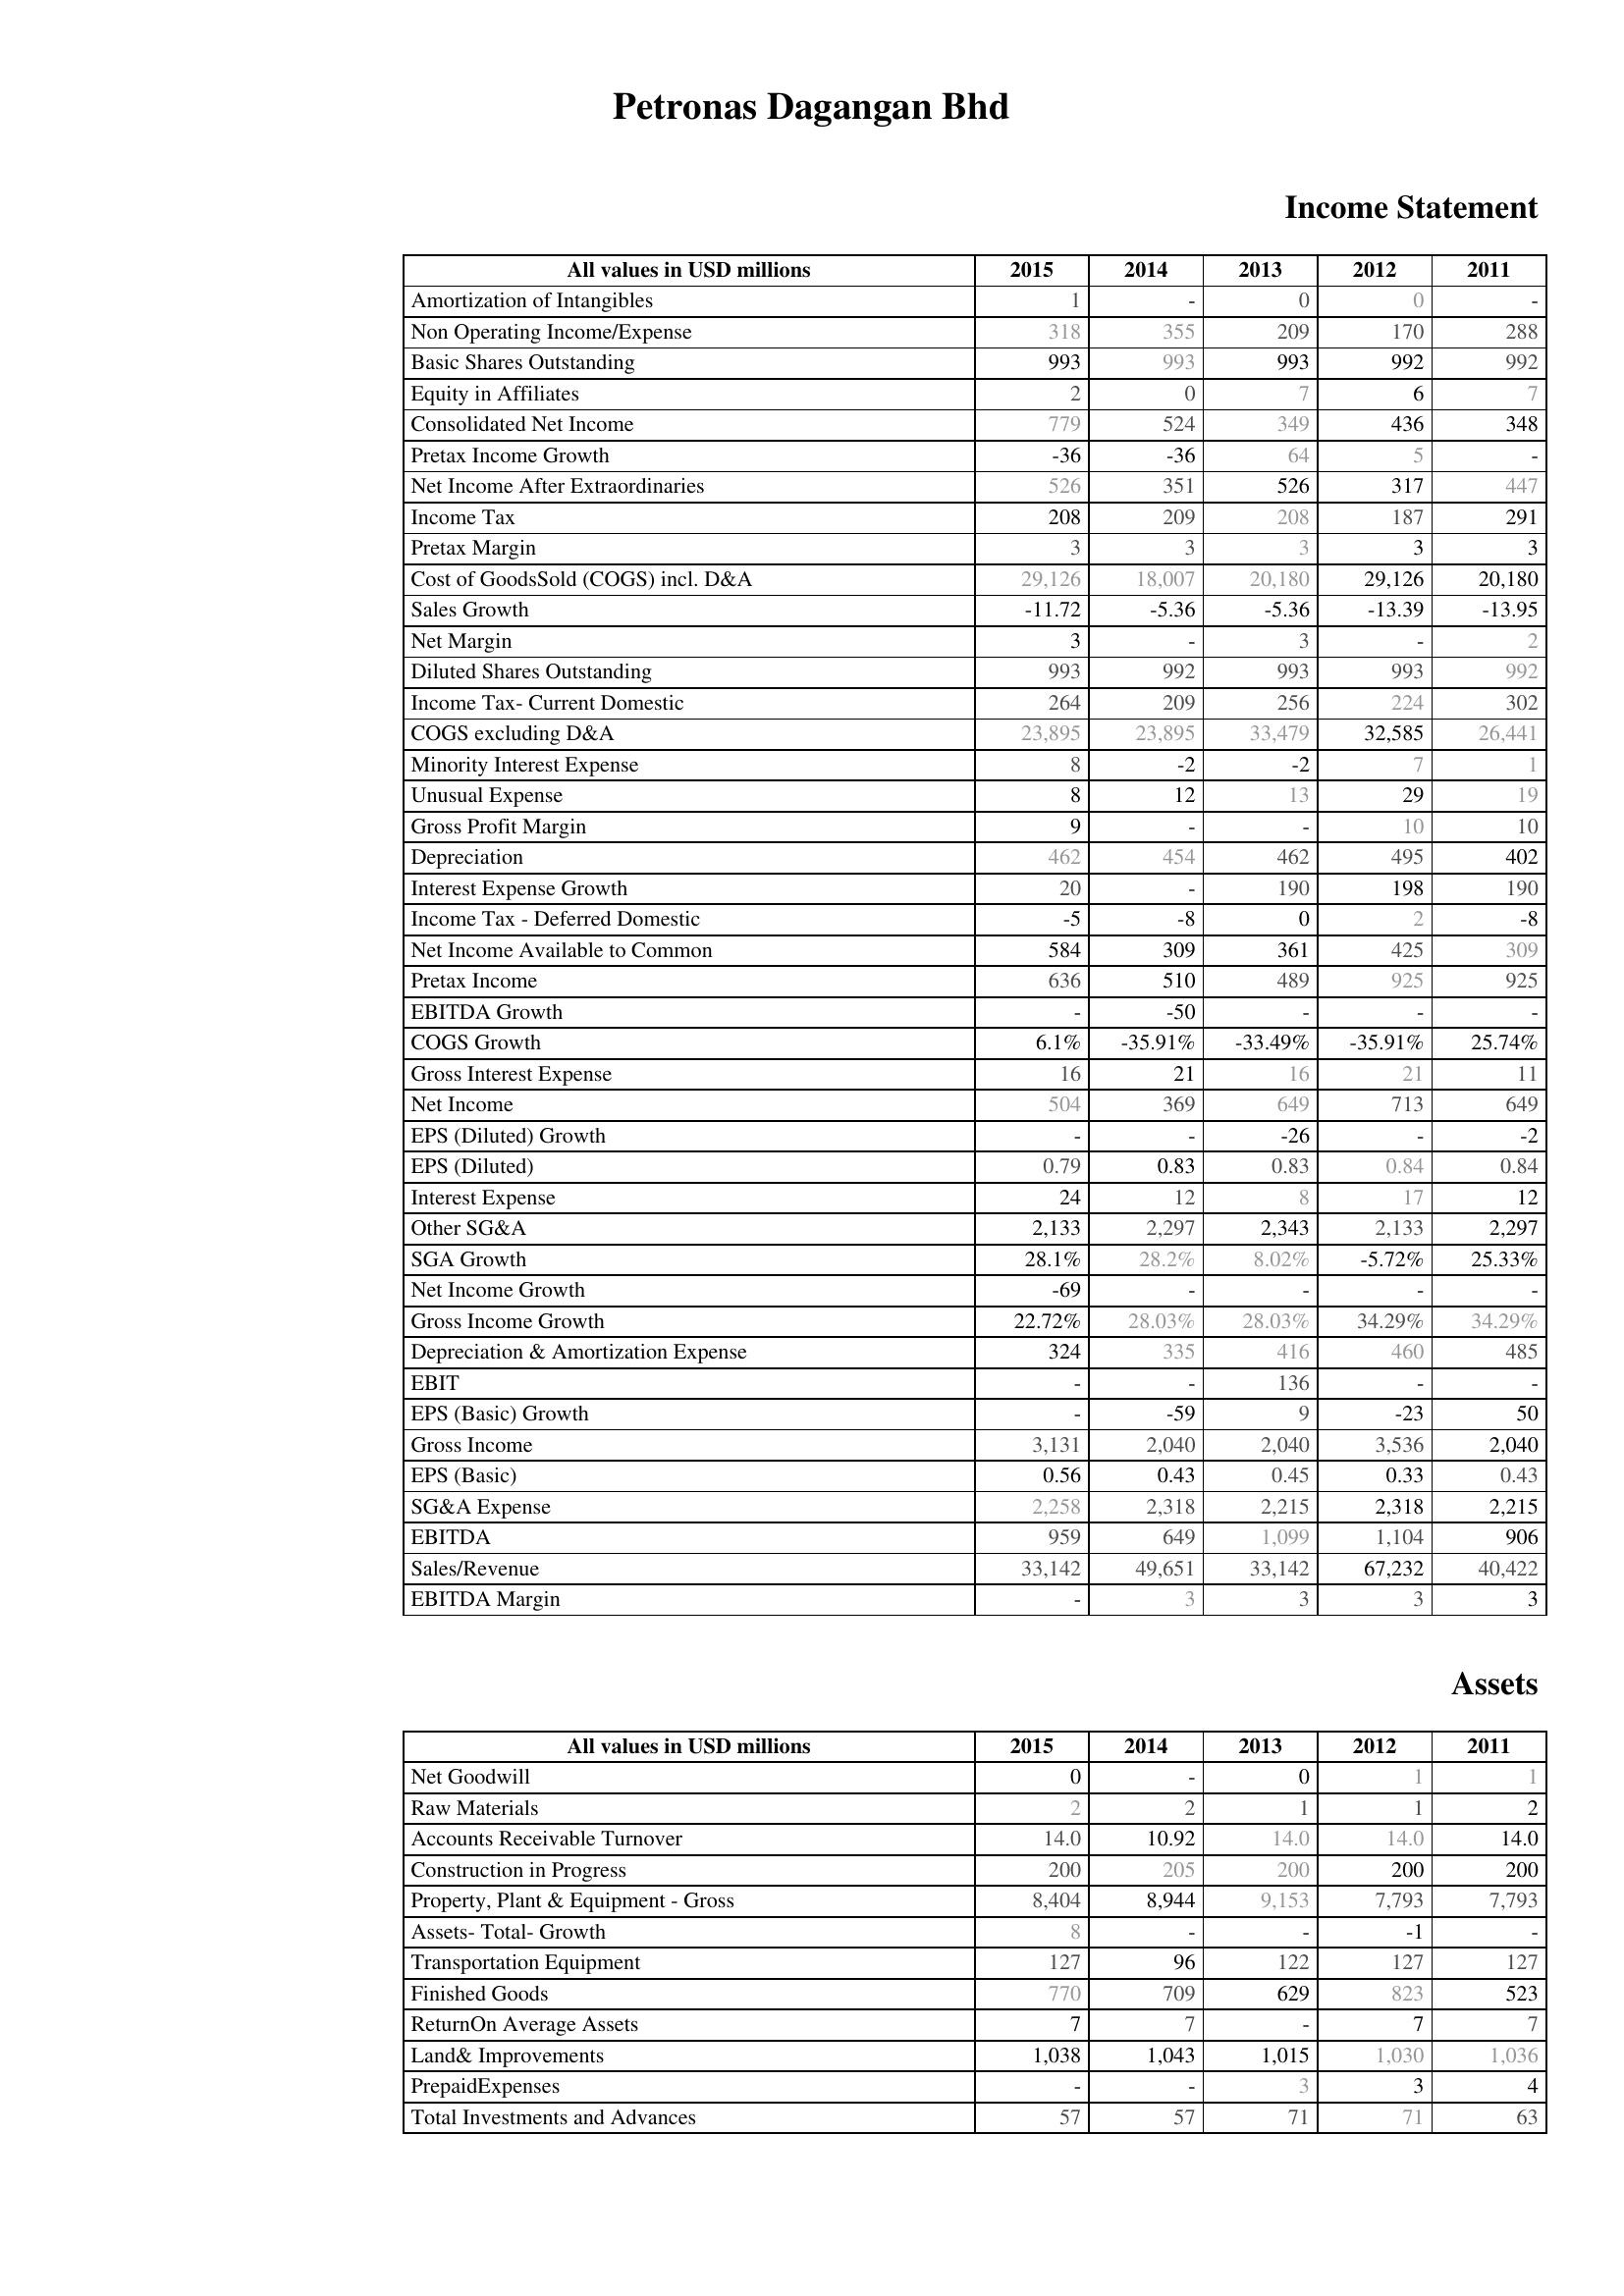
2015: Income Statement: Amortization of Intangibles: 1
Non Operating Income/Expense: 318
Basic Shares Outstanding: 993
Equity in Affiliates: 2
Consolidated Net Income: 779
Pretax Income Growth: -36
Net Income After Extraordinaries: 526
Income Tax: 208
Pretax Margin: 3
Cost of GoodsSold (COGS) incl. D&A: 29,126
Sales Growth: -11.72
Net Margin: 3
Diluted Shares Outstanding: 993
Income Tax- Current Domestic: 264
COGS excluding D&A: 23,895
Minority Interest Expense: 8
Unusual Expense: 8
Gross Profit Margin: 9
Depreciation: 462
Interest Expense Growth: 20
Income Tax - Deferred Domestic: -5
Net Income Available to Common: 584
Pretax Income: 636
EBITDA Growth: -
COGS Growth: 6.1%
Gross Interest Expense: 16
Net Income: 504
EPS (Diluted) Growth: -
EPS (Diluted): 0.79
Interest Expense: 24
Other SG&A: 2,133
SGA Growth: 28.1%
Net Income Growth: -69
Gross Income Growth: 22.72%
Depreciation & Amortization Expense: 324
EBIT: -
EPS (Basic) Growth: -
Gross Income: 3,131
EPS (Basic): 0.56
SG&A Expense: 2,258
EBITDA: 959
Sales/Revenue: 33,142
EBITDA Margin: -
Assets: Net Goodwill: 0
Raw Materials: 2
Accounts Receivable Turnover: 14.0
Construction in Progress: 200
Property, Plant & Equipment - Gross : 8,404
Assets- Total- Growth: 8
Transportation Equipment: 127
Finished Goods: 770
ReturnOn Average Assets: 7
Land& Improvements: 1,038
PrepaidExpenses: -
Total Investments and Advances: 57
2014: Income Statement: Amortization of Intangibles: -
Non Operating Income/Expense: 355
Basic Shares Outstanding: 993
Equity in Affiliates: 0
Consolidated Net Income: 524
Pretax Income Growth: -36
Net Income After Extraordinaries: 351
Income Tax: 209
Pretax Margin: 3
Cost of GoodsSold (COGS) incl. D&A: 18,007
Sales Growth: -5.36
Net Margin: -
Diluted Shares Outstanding: 992
Income Tax- Current Domestic: 209
COGS excluding D&A: 23,895
Minority Interest Expense: -2
Unusual Expense: 12
Gross Profit Margin: -
Depreciation: 454
Interest Expense Growth: -
Income Tax - Deferred Domestic: -8
Net Income Available to Common: 309
Pretax Income: 510
EBITDA Growth: -50
COGS Growth: -35.91%
Gross Interest Expense: 21
Net Income: 369
EPS (Diluted) Growth: -
EPS (Diluted): 0.83
Interest Expense: 12
Other SG&A: 2,297
SGA Growth: 28.2%
Net Income Growth: -
Gross Income Growth: 28.03%
Depreciation & Amortization Expense: 335
EBIT: -
EPS (Basic) Growth: -59
Gross Income: 2,040
EPS (Basic): 0.43
SG&A Expense: 2,318
EBITDA: 649
Sales/Revenue: 49,651
EBITDA Margin: 3
Assets: Net Goodwill: -
Raw Materials: 2
Accounts Receivable Turnover: 10.92
Construction in Progress: 205
Property, Plant & Equipment - Gross : 8,944
Assets- Total- Growth: -
Transportation Equipment: 96
Finished Goods: 709
ReturnOn Average Assets: 7
Land& Improvements: 1,043
PrepaidExpenses: -
Total Investments and Advances: 57
2013: Income Statement: Amortization of Intangibles: 0
Non Operating Income/Expense: 209
Basic Shares Outstanding: 993
Equity in Affiliates: 7
Consolidated Net Income: 349
Pretax Income Growth: 64
Net Income After Extraordinaries: 526
Income Tax: 208
Pretax Margin: 3
Cost of GoodsSold (COGS) incl. D&A: 20,180
Sales Growth: -5.36
Net Margin: 3
Diluted Shares Outstanding: 993
Income Tax- Current Domestic: 256
COGS excluding D&A: 33,479
Minority Interest Expense: -2
Unusual Expense: 13
Gross Profit Margin: -
Depreciation: 462
Interest Expense Growth: 190
Income Tax - Deferred Domestic: 0
Net Income Available to Common: 361
Pretax Income: 489
EBITDA Growth: -
COGS Growth: -33.49%
Gross Interest Expense: 16
Net Income: 649
EPS (Diluted) Growth: -26
EPS (Diluted): 0.83
Interest Expense: 8
Other SG&A: 2,343
SGA Growth: 8.02%
Net Income Growth: -
Gross Income Growth: 28.03%
Depreciation & Amortization Expense: 416
EBIT: 136
EPS (Basic) Growth: 9
Gross Income: 2,040
EPS (Basic): 0.45
SG&A Expense: 2,215
EBITDA: 1,099
Sales/Revenue: 33,142
EBITDA Margin: 3
Assets: Net Goodwill: 0
Raw Materials: 1
Accounts Receivable Turnover: 14.0
Construction in Progress: 200
Property, Plant & Equipment - Gross : 9,153
Assets- Total- Growth: -
Transportation Equipment: 122
Finished Goods: 629
ReturnOn Average Assets: -
Land& Improvements: 1,015
PrepaidExpenses: 3
Total Investments and Advances: 71
2012: Income Statement: Amortization of Intangibles: 0
Non Operating Income/Expense: 170
Basic Shares Outstanding: 992
Equity in Affiliates: 6
Consolidated Net Income: 436
Pretax Income Growth: 5
Net Income After Extraordinaries: 317
Income Tax: 187
Pretax Margin: 3
Cost of GoodsSold (COGS) incl. D&A: 29,126
Sales Growth: -13.39
Net Margin: -
Diluted Shares Outstanding: 993
Income Tax- Current Domestic: 224
COGS excluding D&A: 32,585
Minority Interest Expense: 7
Unusual Expense: 29
Gross Profit Margin: 10
Depreciation: 495
Interest Expense Growth: 198
Income Tax - Deferred Domestic: 2
Net Income Available to Common: 425
Pretax Income: 925
EBITDA Growth: -
COGS Growth: -35.91%
Gross Interest Expense: 21
Net Income: 713
EPS (Diluted) Growth: -
EPS (Diluted): 0.84
Interest Expense: 17
Other SG&A: 2,133
SGA Growth: -5.72%
Net Income Growth: -
Gross Income Growth: 34.29%
Depreciation & Amortization Expense: 460
EBIT: -
EPS (Basic) Growth: -23
Gross Income: 3,536
EPS (Basic): 0.33
SG&A Expense: 2,318
EBITDA: 1,104
Sales/Revenue: 67,232
EBITDA Margin: 3
Assets: Net Goodwill: 1
Raw Materials: 1
Accounts Receivable Turnover: 14.0
Construction in Progress: 200
Property, Plant & Equipment - Gross : 7,793
Assets- Total- Growth: -1
Transportation Equipment: 127
Finished Goods: 823
ReturnOn Average Assets: 7
Land& Improvements: 1,030
PrepaidExpenses: 3
Total Investments and Advances: 71
2011: Income Statement: Amortization of Intangibles: -
Non Operating Income/Expense: 288
Basic Shares Outstanding: 992
Equity in Affiliates: 7
Consolidated Net Income: 348
Pretax Income Growth: -
Net Income After Extraordinaries: 447
Income Tax: 291
Pretax Margin: 3
Cost of GoodsSold (COGS) incl. D&A: 20,180
Sales Growth: -13.95
Net Margin: 2
Diluted Shares Outstanding: 992
Income Tax- Current Domestic: 302
COGS excluding D&A: 26,441
Minority Interest Expense: 1
Unusual Expense: 19
Gross Profit Margin: 10
Depreciation: 402
Interest Expense Growth: 190
Income Tax - Deferred Domestic: -8
Net Income Available to Common: 309
Pretax Income: 925
EBITDA Growth: -
COGS Growth: 25.74%
Gross Interest Expense: 11
Net Income: 649
EPS (Diluted) Growth: -2
EPS (Diluted): 0.84
Interest Expense: 12
Other SG&A: 2,297
SGA Growth: 25.33%
Net Income Growth: -
Gross Income Growth: 34.29%
Depreciation & Amortization Expense: 485
EBIT: -
EPS (Basic) Growth: 50
Gross Income: 2,040
EPS (Basic): 0.43
SG&A Expense: 2,215
EBITDA: 906
Sales/Revenue: 40,422
EBITDA Margin: 3
Assets: Net Goodwill: 1
Raw Materials: 2
Accounts Receivable Turnover: 14.0
Construction in Progress: 200
Property, Plant & Equipment - Gross : 7,793
Assets- Total- Growth: -
Transportation Equipment: 127
Finished Goods: 523
ReturnOn Average Assets: 7
Land& Improvements: 1,036
PrepaidExpenses: 4
Total Investments and Advances: 63